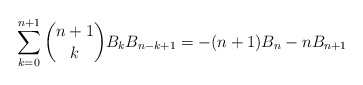
\begin{align*} \sum\limits_{k = 0}^{n + 1} \binom{n + 1}{k} B_k B_{n - k + 1} = -(n + 1)B_n - n B_{n + 1}\end{align*}